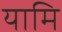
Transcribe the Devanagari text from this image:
यामि